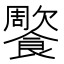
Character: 𩞺